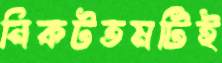
নিকটতমটিই